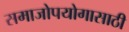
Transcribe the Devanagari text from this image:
समाजोपयोगासाठी